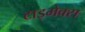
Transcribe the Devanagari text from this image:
टाइमेक्स